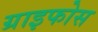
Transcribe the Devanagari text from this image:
ग्राइफोस